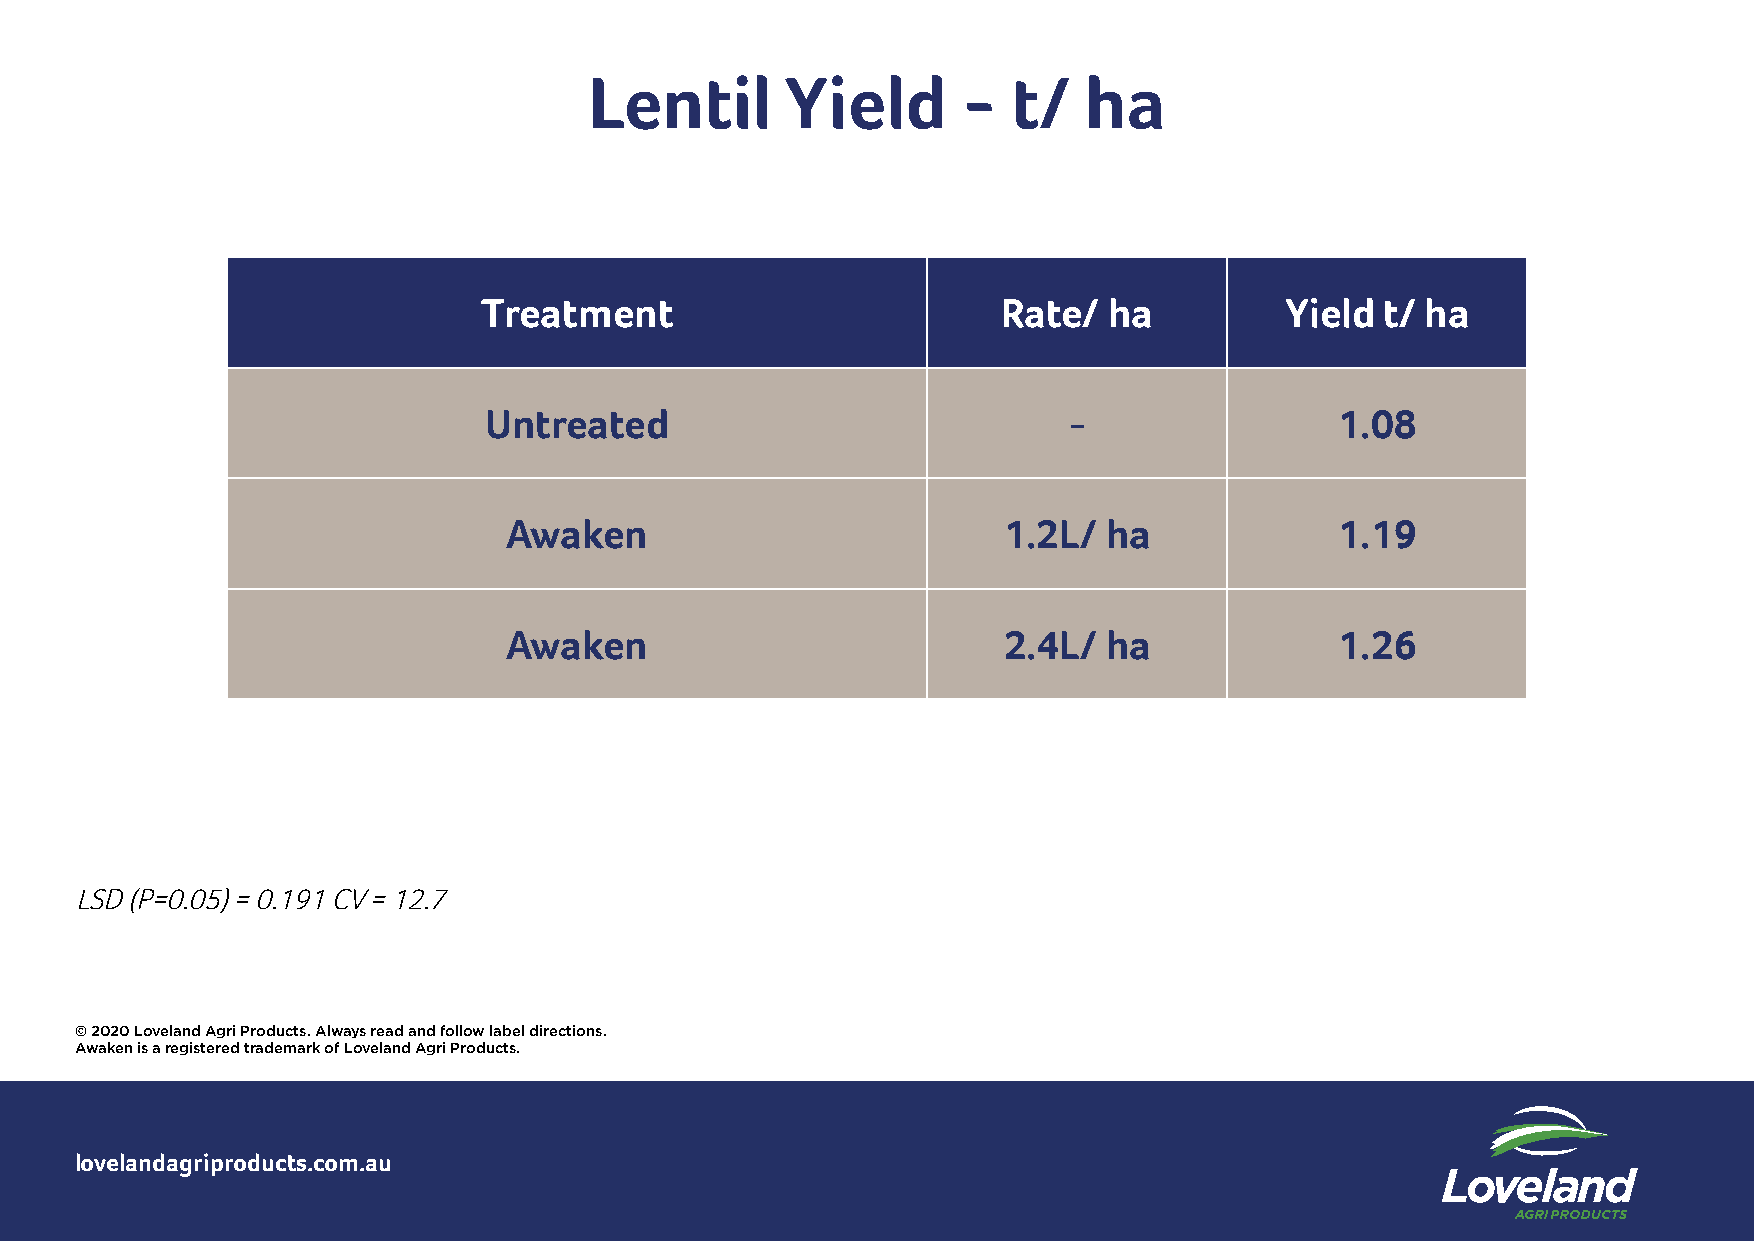
Lentil       Yield       -  t/   ha
 Treatment                         Rate/  ha          Yield  t/ ha
 Untreated                              -                 1.08
 Awaken                          1.2L/  ha              1.19
 Awaken                          2.4L/  ha              1.26
 LSD (P=0.05) = 0.191 CV = 12.7
 © 2020 Loveland Agri Products. Always read and follow label directions.
 Awaken is a registered trademark of Loveland Agri Products.
 lovelandagriproducts.com.au